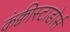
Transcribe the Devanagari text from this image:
कंक्वीस्टाडोर्स